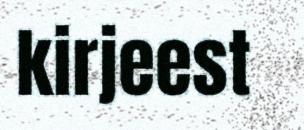
kirjeest